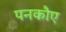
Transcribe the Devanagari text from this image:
पनकौए